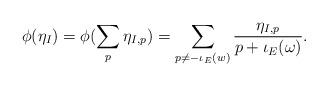
LaTeX: \begin{align*}\phi(\eta_{I}) = \phi(\sum_{p} \eta_{I,p}) = \sum_{ p \neq - \iota_{E}(w) } \frac{\eta_{I, p}}{p + \iota_{E}(\omega)}.\end{align*}